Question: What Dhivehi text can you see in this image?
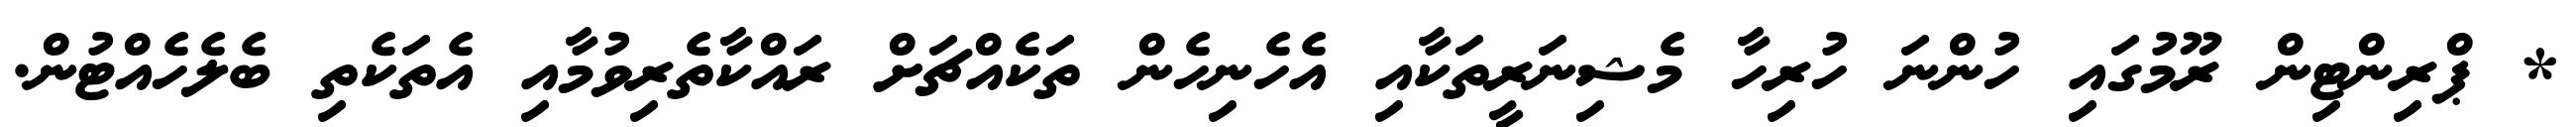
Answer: * ޕްރިންޓިން ރޫމުގައި ހުންނަ ހުރިހާ މެޝިނަރީތަކާއި އެހެނިހެން ތަކެއްޗަށް ރައްކާތެރިވުމާއި އެތަކެތި ބެލެހެއްޓުން.